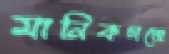
মানিকগঞ্জে